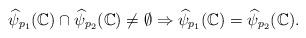
LaTeX: \begin{align*}\widehat\psi_{p_1}(\mathbb C)\cap\widehat\psi_{p_2}(\mathbb C)\neq \emptyset\Rightarrow\widehat\psi_{p_1}(\mathbb C)=\widehat\psi_{p_2}(\mathbb C).\end{align*}